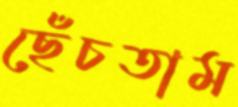
ছেঁচতাম